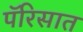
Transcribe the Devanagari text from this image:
पॅरिसात